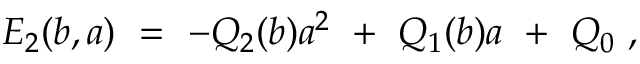
E _ { 2 } ( b , a ) \ = \ - Q _ { 2 } ( b ) a ^ { 2 } \ + \ Q _ { 1 } ( b ) a \ + \ Q _ { 0 } \ ,